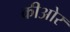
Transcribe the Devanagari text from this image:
कीओर